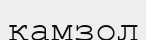
қамзол